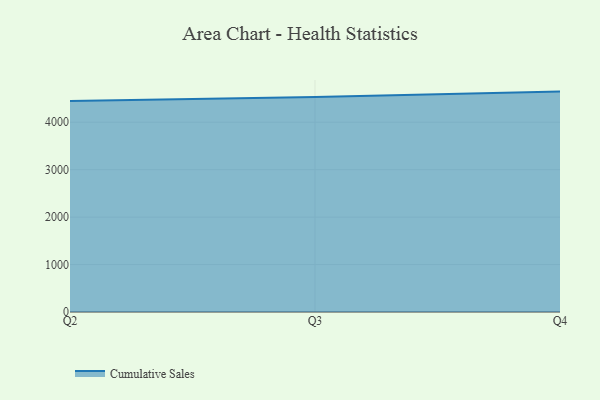
{"axis": {"x": "Quarter", "y": "Active Users"}, "legend": ["Cumulative Sales"], "data": [{"x": "Q2", "y": 4448.1, "type": "Cumulative Sales"}, {"x": "Q3", "y": 4530.5, "type": "Cumulative Sales"}, {"x": "Q4", "y": 4645.3, "type": "Cumulative Sales"}]}